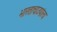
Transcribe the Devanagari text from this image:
भारताचाउपांत्य